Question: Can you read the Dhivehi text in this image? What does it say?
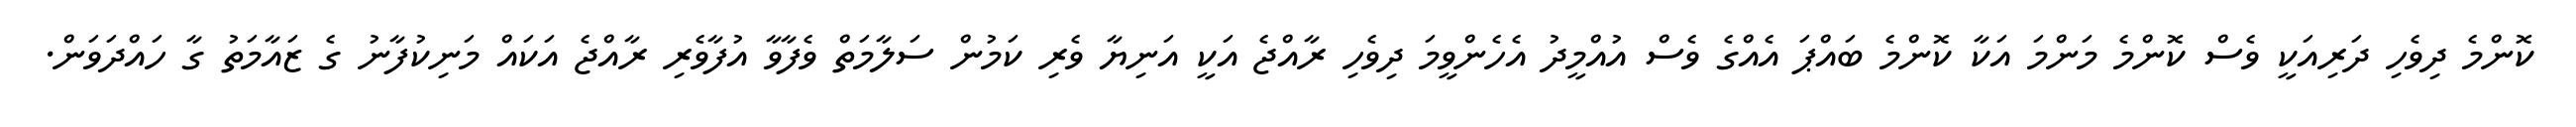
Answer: ކޮންމެ ދިވެހި ދަރިއަކީ ވެސް ކޮންމެ މަންމަ އަކާ ކޮންމެ ބައްޕަ އެއްގެ ވެސް އުއްމީދު އެހެންވީމަ ދިވެހި ރާއްޖެ އަކީ އަނިޔާ ވެރި ކަމުން ސަލާމަތް ވެފާވާ އުފާވެރި ރާއްޖެ އަކައް މަނިކުފާނު ގެ ޒައާމަތު ގާ ހައްދަވަން.